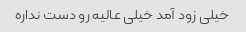
خیلی زود آمد خیلی عالیه رو دست نداره